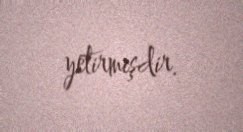
yetirmişdir.